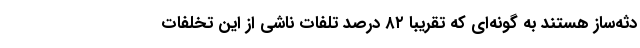
دثه‌ساز هستند به گونه‌ای که تقریبا ۸۲ درصد تلفات ناشی از این تخلفات